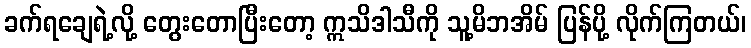
ခက်ရချေရဲ့လို့ တွေးတောပြီးတော့ ဣသိဒါသီကို သူ့မိဘအိမ် ပြန်ပို့ လိုက်ကြတယ်၊